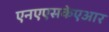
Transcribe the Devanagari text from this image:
एनएएसकेएआर